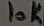
Text: 10K